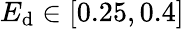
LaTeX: E_{\textrm{d}}\in[0.25,0.4]